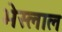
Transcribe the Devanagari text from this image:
भेस्‍लाल